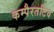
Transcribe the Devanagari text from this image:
कम्पैरतटिव